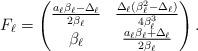
LaTeX: \begin{align*} F_\ell = \begin{pmatrix} \frac{a_\ell \beta_\ell - \Delta_\ell}{2\beta_\ell} & \frac{\Delta_\ell (\beta_\ell^2 - \Delta_\ell)}{4\beta_\ell^3} \\ \beta_\ell & \frac{a_\ell \beta_\ell + \Delta_\ell}{2\beta_\ell} \end{pmatrix}. \end{align*}